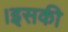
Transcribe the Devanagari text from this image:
।इसकी